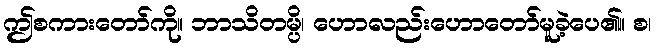
ဤစကားတော်ကို။ ဘာသိတမ္ပိ၊ ဟောလည်းဟောတော်မူခဲ့ပေ၏။ စ၊